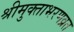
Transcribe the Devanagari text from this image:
श्रीमुक्ताभरणव्रत